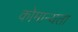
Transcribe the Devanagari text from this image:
कोमान्यता